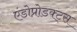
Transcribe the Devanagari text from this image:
एंडोप्रोडक्ट्स